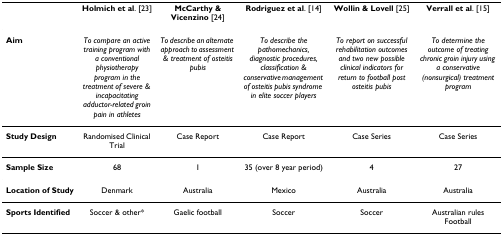
<table><thead><tr><td></td><td><b>Holmich et al. [23]</b></td><td><b>McCarthy &amp; Vicenzino [24]</b></td><td><b>Rodriguez et al. [14]</b></td><td><b>Wollin &amp; Lovell [25]</b></td><td><b>Verrall et al. [15]</b></td></tr></thead><tbody><tr><td><b>Aim</b></td><td><i>To compare an active training program with a conventional physiotherapy program in the treatment of severe &amp; incapacitating adductor-related groin pain in athletes</i></td><td><i>To describe an alternate approach to assessment &amp; treatment of osteitis pubis</i></td><td><i>To describe the pathomechanics, diagnostic procedures, classification &amp; conservative management of osteitis pubis syndrome in elite soccer players</i></td><td><i>To report on successful rehabilitation outcomes and two new possible clinical indicators for return to football post osteitis pubis</i></td><td><i>To determine the outcome of treating chronic groin injury using a conservative (nonsurgical) treatment program</i></td></tr><tr><td><b>Study Design</b></td><td>Randomised Clinical Trial</td><td>Case Report</td><td>Case Report</td><td>Case Series</td><td>Case Series</td></tr><tr><td><b>Sample Size</b></td><td>68</td><td>1</td><td>35 (over 8 year period)</td><td>4</td><td>27</td></tr><tr><td><b>Location of Study</b></td><td>Denmark</td><td>Australia</td><td>Mexico</td><td>Australia</td><td>Australia</td></tr><tr><td><b>Sports Identified</b></td><td>Soccer &amp; other*</td><td>Gaelic football</td><td>Soccer</td><td>Soccer</td><td>Australian rules Football</td></tr></tbody></table>